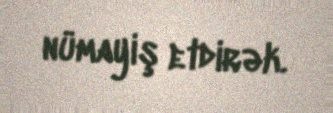
nümayiş etdirək.